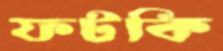
ফটকি